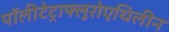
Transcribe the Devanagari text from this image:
पॉलीटेट्राफ्लूरोएथिलीन